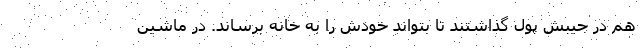
هم در جیبش پول گذاشتند تا بتواند خودش را به خانه برساند. در ماشین